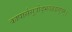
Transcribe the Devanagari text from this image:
कापार्ससूत्रोद्भवब्रह्मसूत्रम्॥